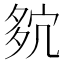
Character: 𡖢